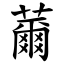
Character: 薾